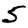
Digit: 5